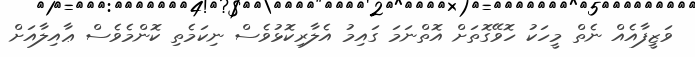
ވަޒީފާއެއް ނެތް މީހަކު ހޮވޭގޮތަށް އޮތްނަމަ ގައިމު އެލާރިކޮޅުވެސް ނިކަމެތި ކޮންމެވެސް ޢާއިލާއަށް